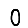
Digit: 0